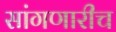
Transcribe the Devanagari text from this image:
सांगणारीच